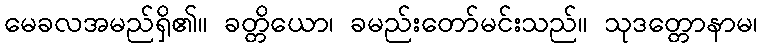
မေခလအမည်ရှိ၏။ ခတ္တိယော၊ ခမည်းတော်မင်းသည်။ သုဒတ္တောနာမ၊